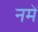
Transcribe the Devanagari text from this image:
नमें